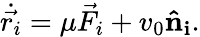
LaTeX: \dot{\vec{r_{i}}}=\mu\vec{F_{i}}+v_{0}\mathbf{\hat{n}_{i}}.